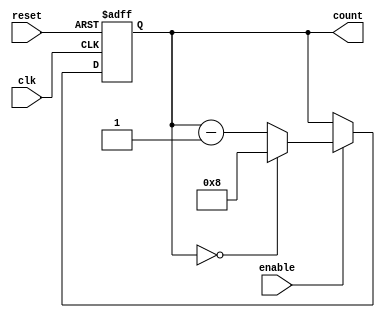
module modulo_n_down_counter(
    input wire clk,
    input wire reset,
    input wire enable,
    output reg [N-1:0] count
);

parameter N = 8; // N is the predetermined value

always @(posedge clk or posedge reset) begin
    if (reset) begin
        count <= N;
    end else if (enable) begin
        if (count == 0) begin
            count <= N;
        end else begin
            count <= count - 1;
        end
    end
end

endmodule